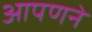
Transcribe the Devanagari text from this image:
आपणने